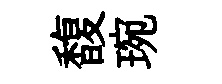
馥琬